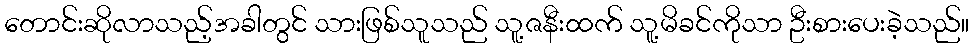
တောင်းဆိုလာသည့်အခါတွင် သားဖြစ်သူသည် သူ့ဇနီးထက် သူ့မိခင်ကိုသာ ဦးစားပေးခဲ့သည်။